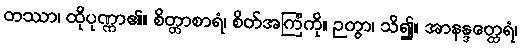
တဿာ၊ ထိုပုဏ္ဏာ၏။ စိတ္တာစာရံ၊ စိတ်အကြံကို။ ဉတွာ၊ သိ၍။ အာနန္ဒတ္ထေရံ၊